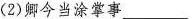
(2)卿今当涂掌事___